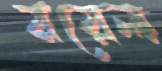
রয়েল